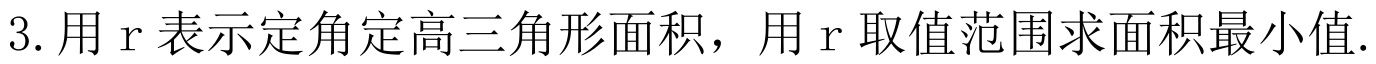
3. 用\(r\)表示定角定高三角形面积，用\(r\)取值范围求面积最小值.